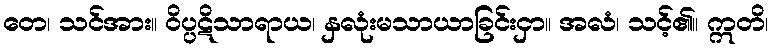
တေ၊ သင်အား။ ဝိပ္ပဋိသာရာယ၊ နှလုံးမသာယာခြင်းငှာ။ အလံ၊ သင့်၏။ ဣတိ၊